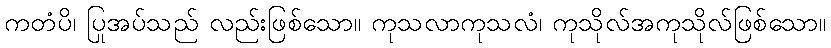
ကတံပိ၊ ပြုအပ်သည် လည်းဖြစ်သော။ ကုသလာကုသလံ၊ ကုသိုလ်အကုသိုလ်ဖြစ်သော။